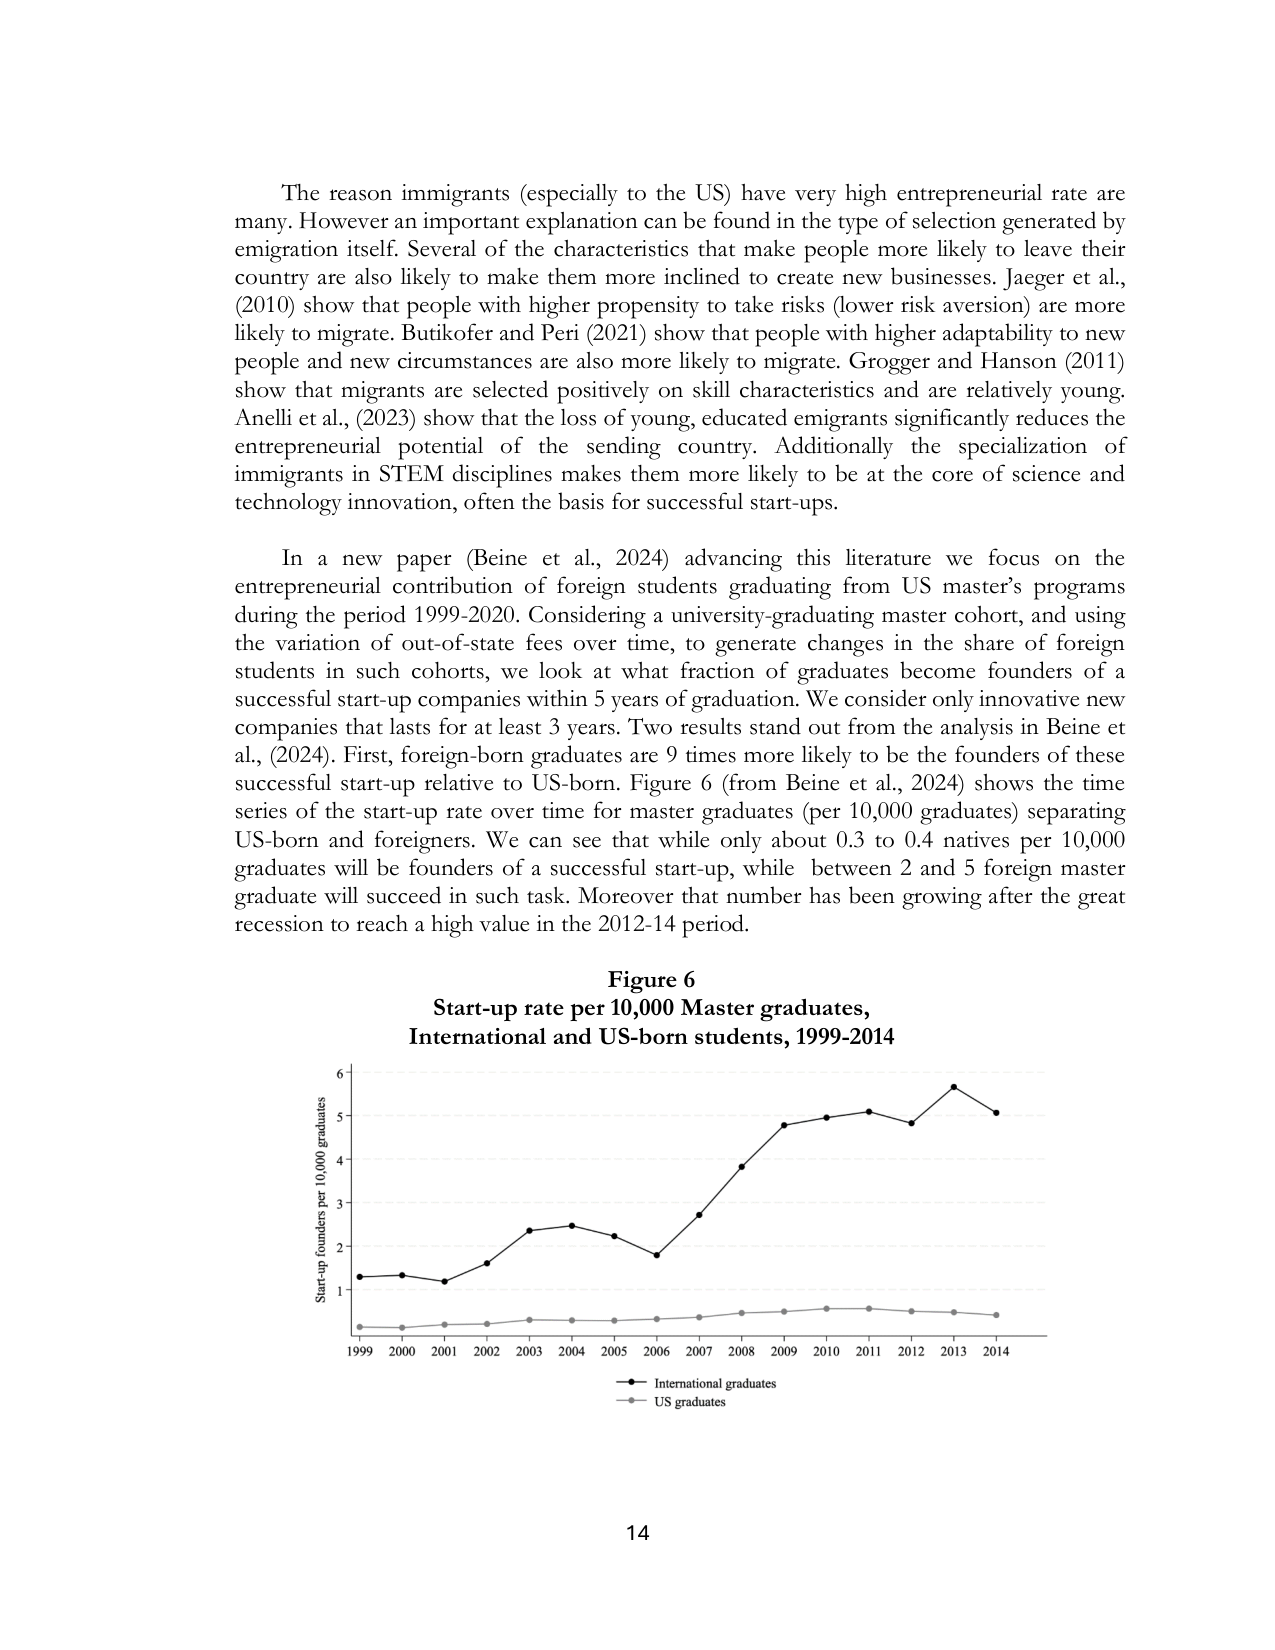
The reason immigrants (especially to the US) have very high entrepreneurial rate are many. However an important explanation can be found in the type of selection generated by emigration itself. Several of the characteristics that make people more likely to leave their country are also likely to make them more inclined to create new businesses. Jaeger et al., (2010) show that people with higher propensity to take risks (lower risk aversion) are more likely to migrate. Butikofer and Peri (2021) show that people with higher adaptability to new people and new circumstances are also more likely to migrate. Groger and Hanson (2011) show that migrants are selected positively on skill characteristics and are relatively young. Anelli et al., (2023) show that the loss of young, educated emigrants significantly reduces the entrepreneurial potential of the sending country. Additionally the specialization of immigrants in STEM disciplines makes them more likely to be at the core of science and technology innovation, often the basis for successful start-ups.

In a new paper (Beine et al., 2024) advancing this literature we focus on the entrepreneurial contribution of foreign students graduating from US master’s programs during the period 1999-2020. Considering a university-graduating master cohort, and using the variation of out-of-state fees over time, to generate changes in the share of foreign students in such cohorts, we look at what fraction of graduates become founders of a successful start-up companies within 5 years of graduation. We consider only innovative new companies that lasts for at least 3 years. Two results stand out from the analysis in Beine et al., (2024). First, foreign-born graduates are 9 times more likely to be the founders of these successful start-up relative to US-born. Figure 6 (from Beine et al., 2024) shows the time series of the start-up rate over time for master graduates (per 10,000 graduates) separating US-born and foreigners. We can see that while only about 0.3 to 0.4 natives per 10,000 graduates will be founders of a successful start-up, while between 2 and 5 foreign master graduate will succeed in such task. Moreover that number has been growing after the great recession to reach a high value in the 2012-14 period.

Figure 6
Start-up rate per 10,000 Master graduates,
International and US-born students, 1999-2014

Start-up founders per 10,000 graduates
6
5
4
3
2
1
1999 2000 2001 2002 2003 2004 2005 2006 2007 2008 2009 2010 2011 2012 2013 2014

International graduates
US graduates

14